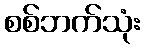
စစ်ဘက်သုံး